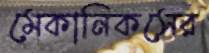
মেকানিকসের